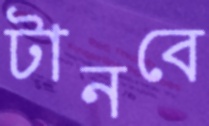
টানবে